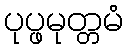
ပုပ္ဖမုတ္တမံ